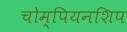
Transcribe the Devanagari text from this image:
चोम्पियनशिप